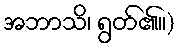
အဘာသိ၊ ရွတ်၏။)